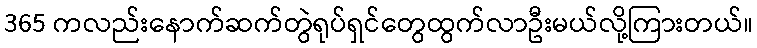
365 ကလည်းနောက်ဆက်တွဲရုပ်ရှင်တွေထွက်လာဦးမယ်လို့ကြားတယ်။